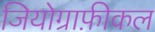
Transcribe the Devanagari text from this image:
जियोग्राफ़ीकल